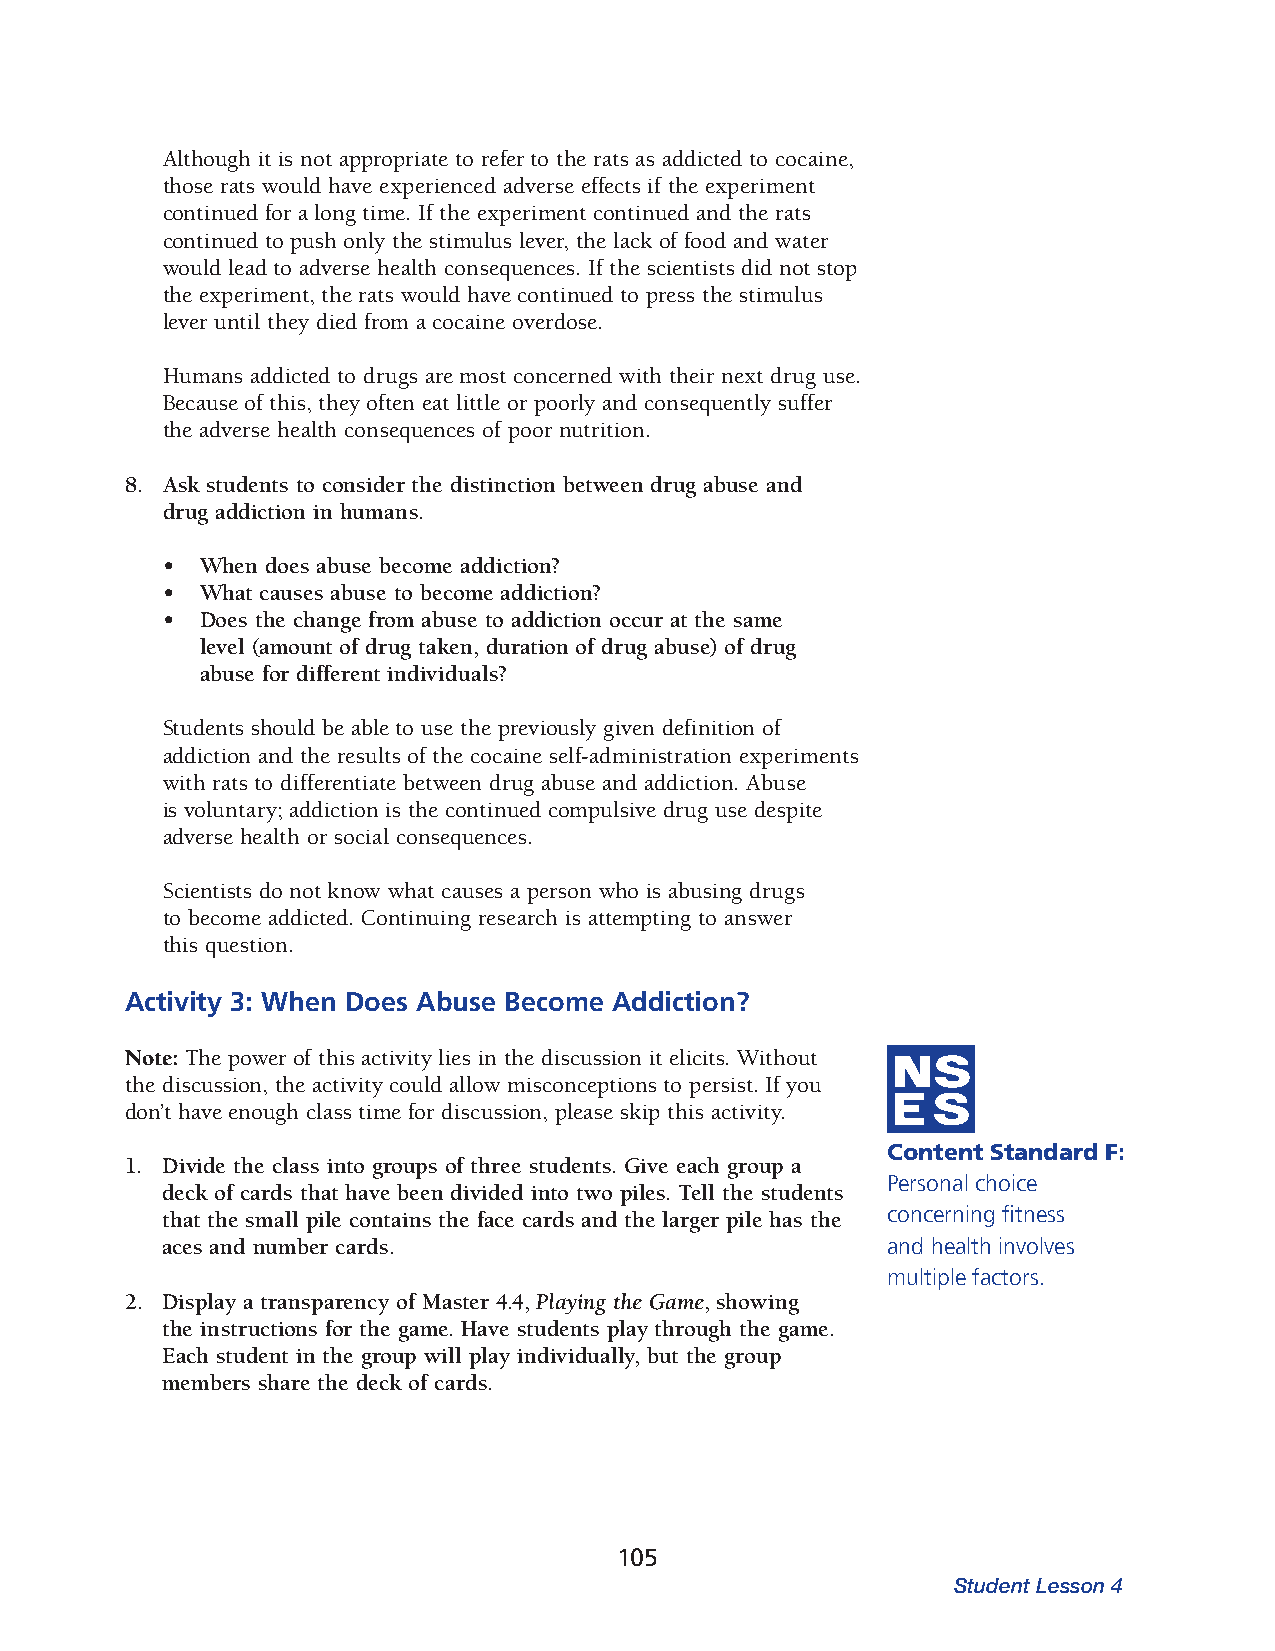
Although it is not appropriate to refer to the rats as addicted to cocaine,
 those rats would have experienced adverse effects if the experiment
 contin ued for a long time. If the experiment continued and the rats
 continued to push only the stimulus lever, the lack of food and water
 would lead to adverse health consequences. If the scientists did not stop
 the experiment, the rats would have continued to press the stimulus
 lever until they died from a cocaine overdose.
 Humans addicted to drugs are most concerned with their next drug use.
 Because of this, they often eat little or poorly and consequently suffer
 the adverse health consequences of poor nutrition.
 8. Ask students to consider the distinction between drug abuse and
 drug addiction in humans.
 • When does abuse become addiction?
 • What causes abuse to become addiction?
 • Does the change from abuse to addiction occur at the same
 level (amount of drug taken, duration of drug abuse) of drug
 abuse for dif ferent individuals?
 Students should be able to use the previously given definition of
 addiction and the results of the cocaine self-administration experiments
 with rats to differentiate between drug abuse and addiction. Abuse
 is voluntary; addic tion is the continued compulsive drug use despite
 adverse health or social consequences.
 Scientists do not know what causes a person who is abusing drugs
 to become addicted. Continuing research is attempting to answer
 this question.
 Activity 3: When Does Abuse Become Addiction?
 Note: The power of this activity lies in the discussion it elicits. Without
 the discussion, the activity could allow misconceptions to persist. If you
 don’t have enough class time for discussion, please skip this activity.
 Content Standard F:
 1. Divide the class into groups of three students. Give each group a
 Personal choice
 deck of cards that have been divided into two piles. Tell the students
 that the small pile contains the face cards and the larger pile has the concerning fitness
 aces and number cards.                          and health involves
 multiple factors.
 2. Display a transparency of Master 4.4, Playing the Game, showing
 the instructions for the game. Have students play through the game.
 Each student in the group will play individually, but the group
 members share the deck of cards.
 105
 Student Lesson 4